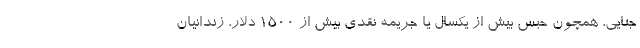
جنایی، همچون حبس بیش از یکسال یا جریمه نقدی بیش از ۱۵۰۰ دلار، زندانیان